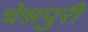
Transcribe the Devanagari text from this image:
चेन्नपुरी